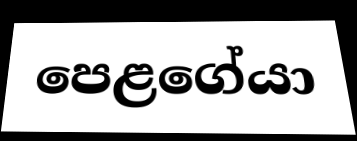
පෙළගේයා